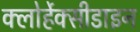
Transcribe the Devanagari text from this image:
क्लोर्हेक्सीडाइन